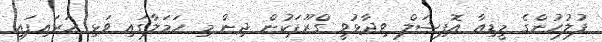
ފުލުހުންގެ މީޑިއާ އޮފިޝަލް ވިދާޅުވީ ގްރޫޕަކުން ދިން މި ހަމަލާގައި ވަޅި ހަރައިފައި